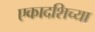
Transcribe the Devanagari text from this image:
एकादशिच्या